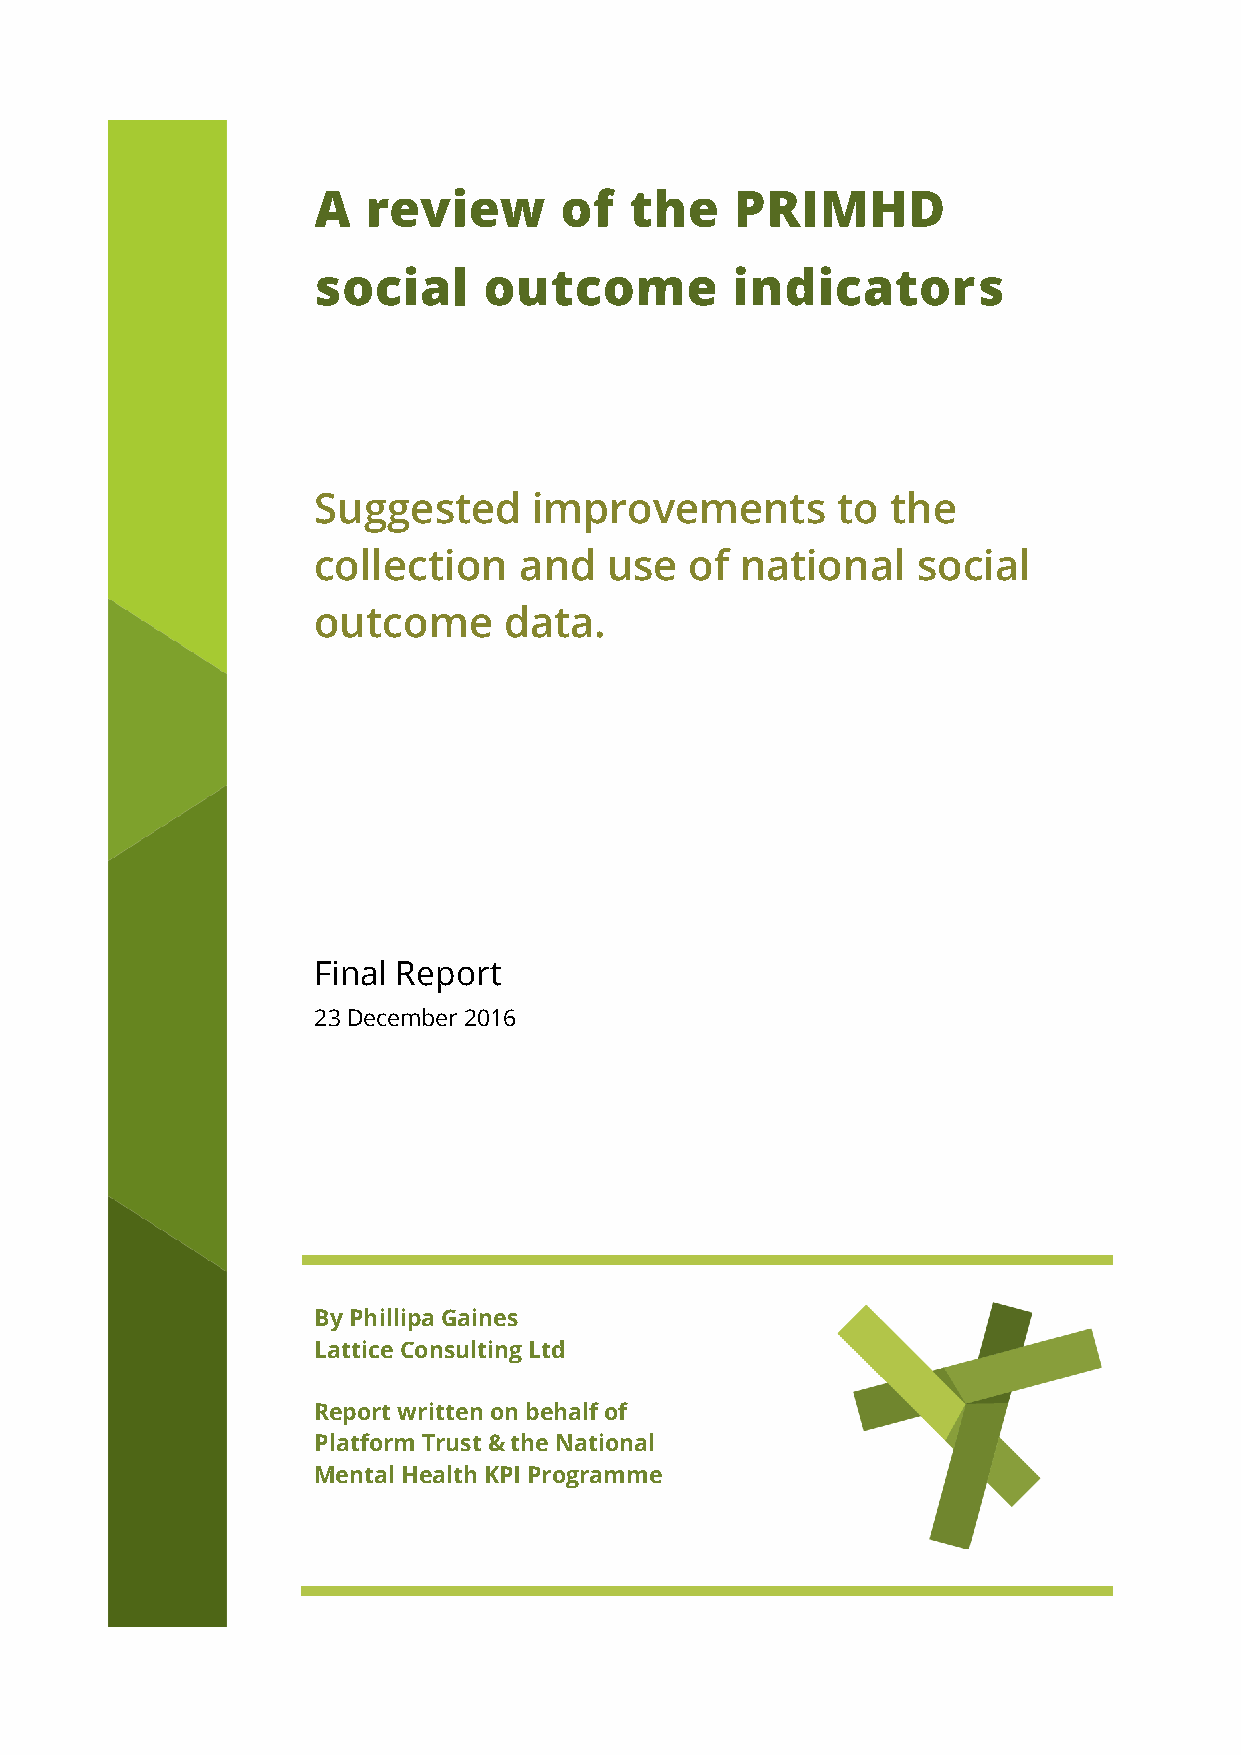
A  review       of   the    PRIMHD
 social     outcome         indicators
 Suggested     improvements        to  the
 collection   and   use   of national    social
 outcome     data.
 Final Report
 23 December 2016
 By Phillipa Gaines
 Lattice Consulting Ltd
 Report written on behalf of
 Platform Trust & the National
 Mental Health KPI Programme